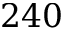
2 4 0